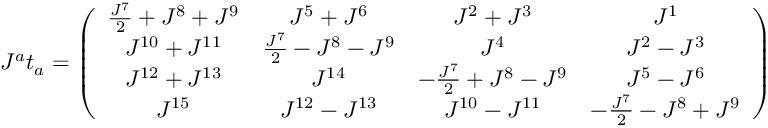
J ^ { a } t _ { a } = \left( \begin{array} { c c c c } { { \frac { J ^ { 7 } } { 2 } + J ^ { 8 } + J ^ { 9 } } } & { { J ^ { 5 } + J ^ { 6 } } } & { { J ^ { 2 } + J ^ { 3 } } } & { { J ^ { 1 } } } \\ { { J ^ { 1 0 } + J ^ { 1 1 } } } & { { \frac { J ^ { 7 } } { 2 } - J ^ { 8 } - J ^ { 9 } } } & { { J ^ { 4 } } } & { { J ^ { 2 } - J ^ { 3 } } } \\ { { J ^ { 1 2 } + J ^ { 1 3 } } } & { { J ^ { 1 4 } } } & { { - \frac { J ^ { 7 } } { 2 } + J ^ { 8 } - J ^ { 9 } } } & { { J ^ { 5 } - J ^ { 6 } } } \\ { { J ^ { 1 5 } } } & { { J ^ { 1 2 } - J ^ { 1 3 } } } & { { J ^ { 1 0 } - J ^ { 1 1 } } } & { { - \frac { J ^ { 7 } } { 2 } - J ^ { 8 } + J ^ { 9 } } } \end{array} \right)